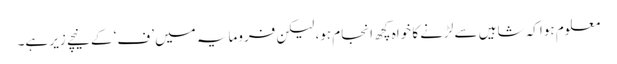
معلوم ہوا کہ شاہیں سے لڑنے کا خواہ کچھ انجام ہو، لیکن فرومایہ میں ’ف‘ کے نیچے زیر ہے۔